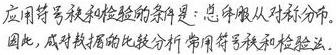
应用符号秩和检验的条件是：总体服从对称分布。
因此，对数据的比较分析，常用符号秩和检验法。